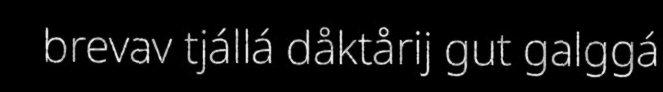
brevav tjállá dåktårij gut galggá